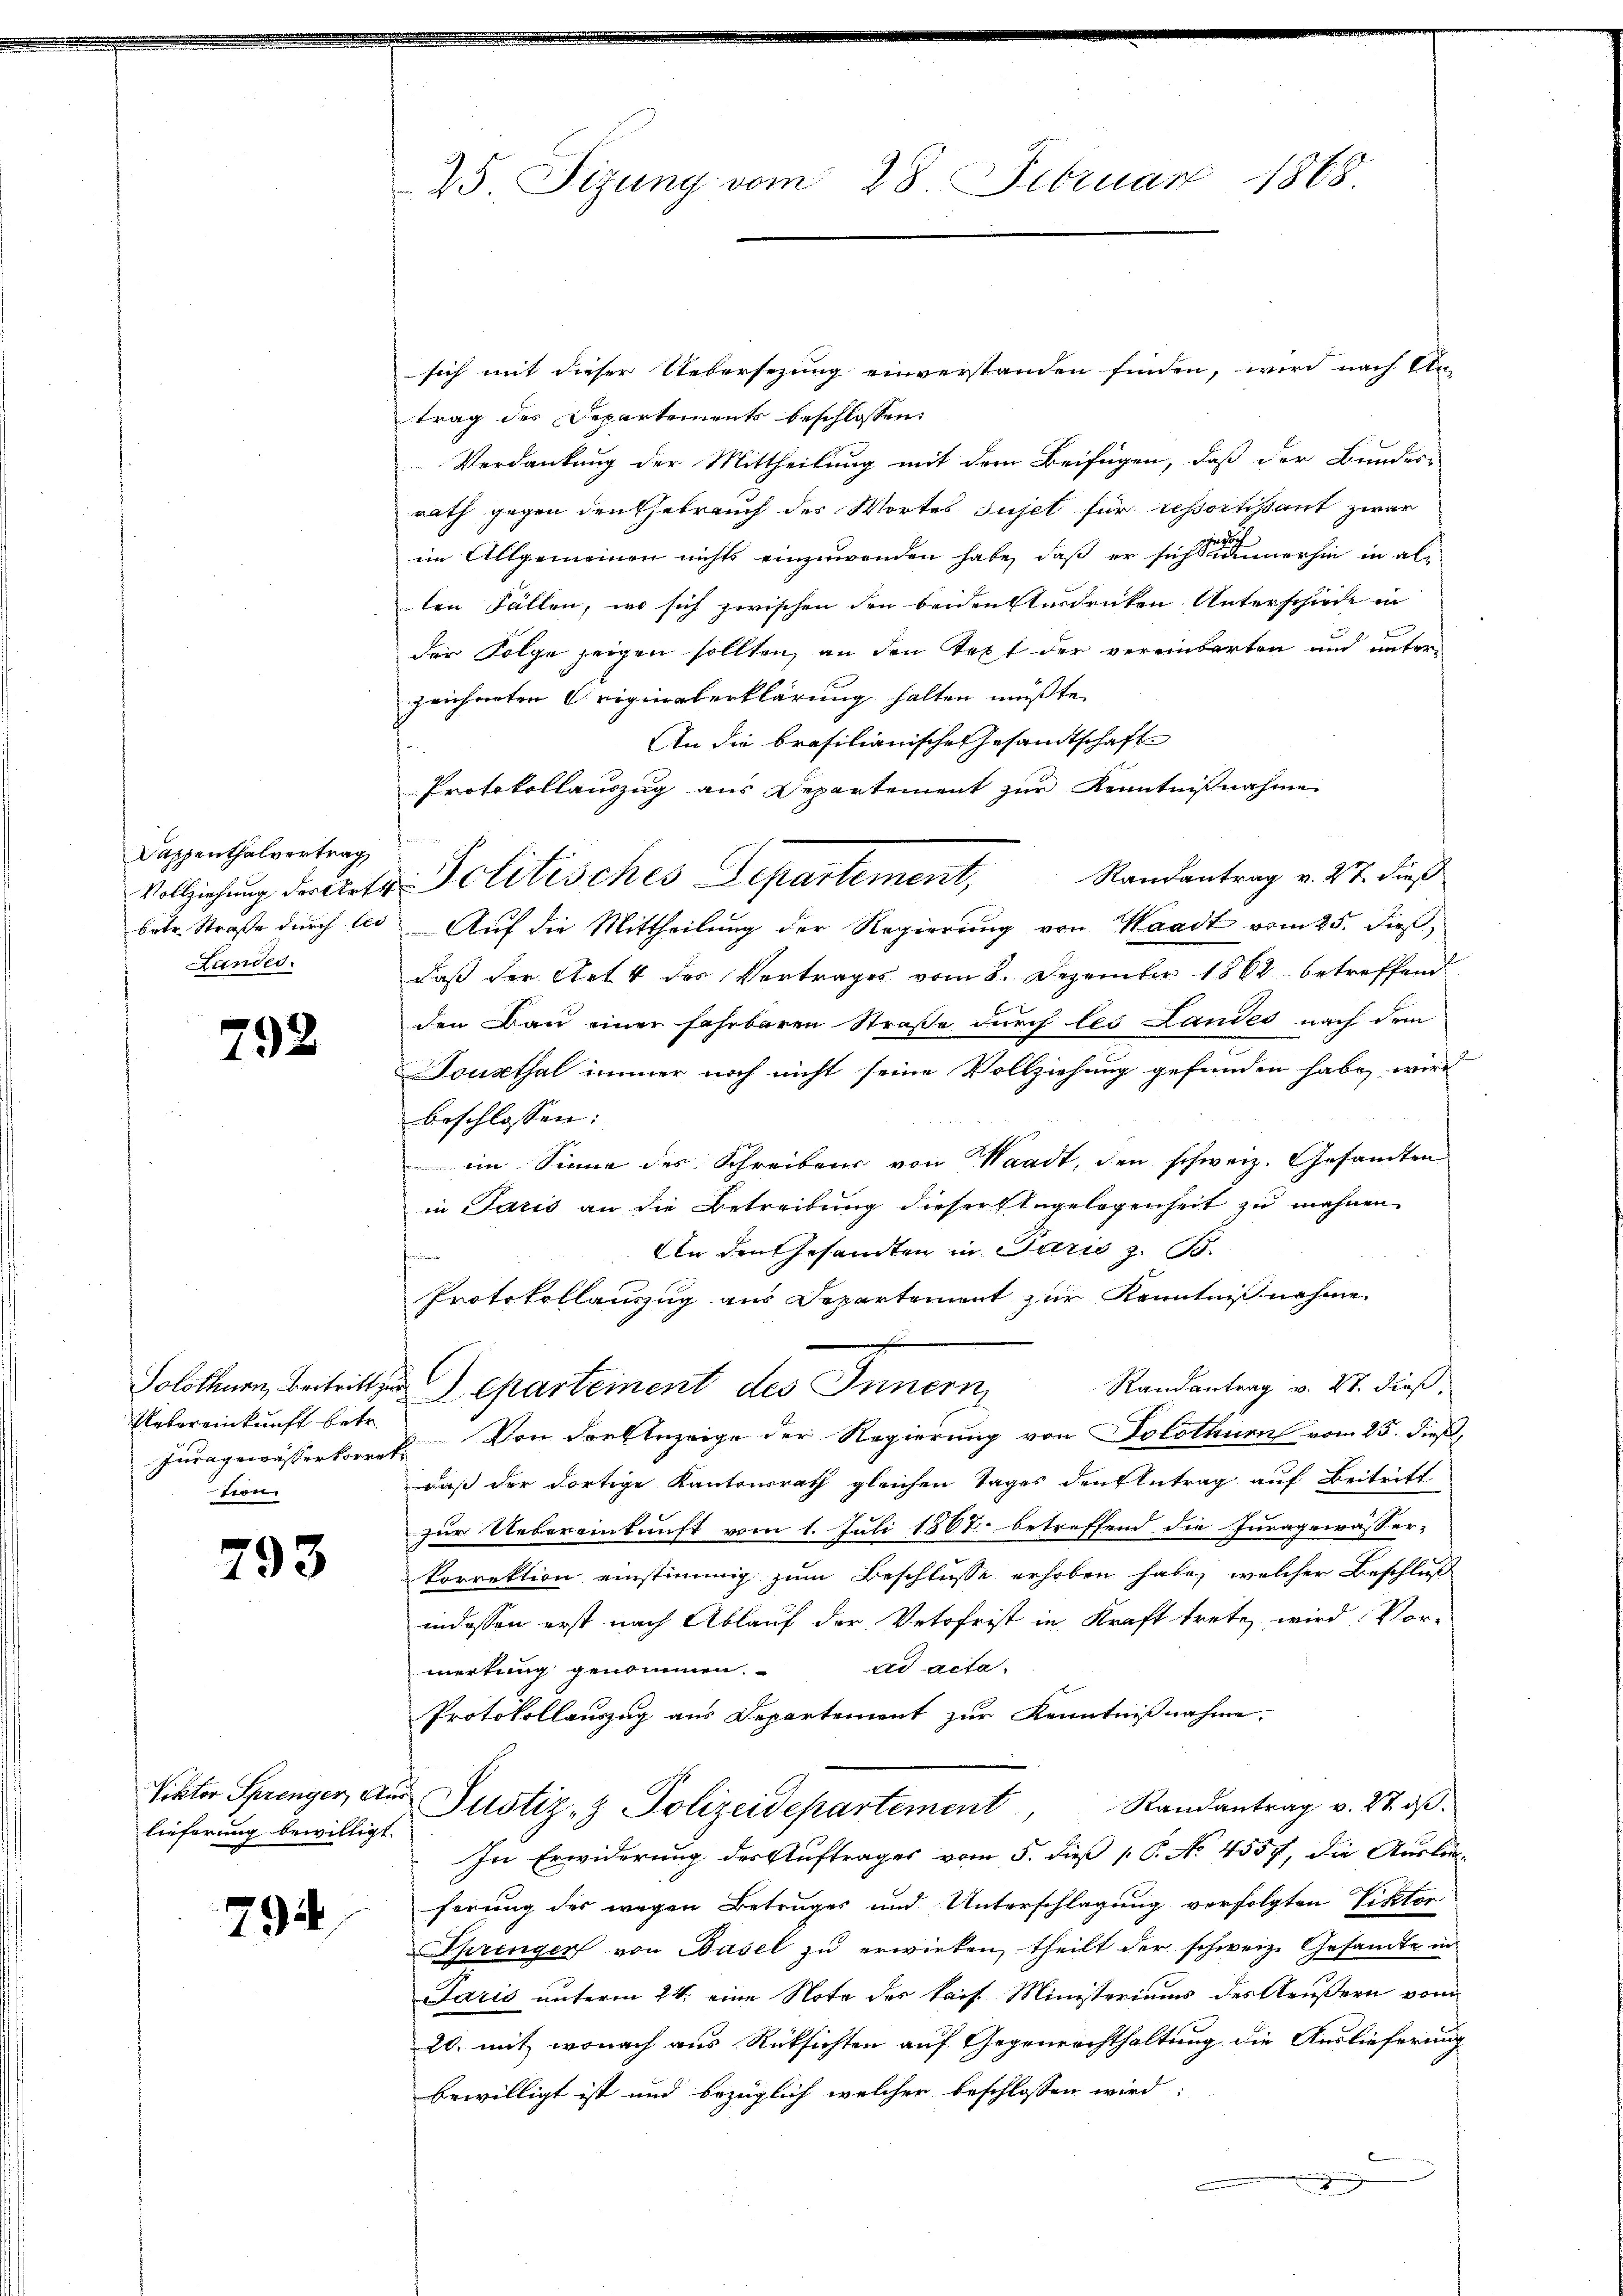
Dappenthalvertrag
Landes.

792

Uebereinkunft betr.
Jura gewässer korret,
tron

793

lieferung bewilligt.

794

25. Sizung vom 28. Februar 1868.

sich mit dieser Uebersezung einverstanden finden, wird nach Na-
trag des Departements beschlossen:
Verdankung der Mittheilung mit dem Beifügen, daß der Bundes-
rath gegen den Gebrauch des Wortes sujet für sessortisant zwar
im Allgemeinen nichts einzuwenden habe, daß er sich seine erhin in alten Fällen, wo sich zwischen den beidenterdrücken Unterschiede in
e
der Folge zeigen sollten, an den Text der vereinbarten und unterzeichneten Originalerklärung halten müßte.
An die brasilianischen Gesandtschaft
Protokollauszug aus Departement zŭr Kenntnißnahme
Randantrag v. 27. dieß
betr. Straße durch les Auf die Mittheilung der Regierŭng von Waadt vom 25. dieß,
daß der Art des Vertrages vom 8. Dezember 1862 betreffend
den Bau einer fahrbaren Straße durch les Landes nach dem
Toupthal immer noch nicht seine Vollziehung gefunden habe, wird
beschlossen:
iin Sinne des Schreibens von Waadt, den schweiz. Gesamten
in Paris an die Betreibung dieser Engelegenheit zu mahnen
An den Gesandten in Juris z. B.
frei
Protokollauszug aus Departement zur Kenntnißnahme
Randantrag v. 27. dieß,
Solothurn, beitritt in pasteinent des Innern,
Von der Anzeige der Regierung von Solothurn vom 25. dieß,
daß der dortige Kantonsrath gleichen Tages den Eintrag auf Beitritt
zur Uebereinkunft vom 1. Juli 1887 betreffend die Juragewässer-
korrektion einstimmig zum Beschlüsse erhoben habe, welcher Beschluß
indessen erst nach Ablauf der Vetofrist in Kraft trete, wird Vor-
ad acta.
merkung genommen.
Protokollauszug aus Departement zur Kenntnißnahme.
Viktor Sprenger, der Justiz- & Polizeidepartement, Randantrag v. 27. dβ.
In Erwiderung des Auftrages vom 5. dieß P. No. 4557, die Auslan-
ferung des wegen Betruges und Unterschlagung verfolgten Viktor
Ahrenger von Basel zu erwirken, theilt der schweiz. Gesandte in
Paris unterm 24. eine Note des kais. Ministeriums des Aeußern vom
20. mit, wonach aus Rüksichten auf Gegenrechthaltung die Auslieferung
bewilligt ist und bezüglich welcher beschlossen wird:
d

Vollziehung deretter Politisches Departement,